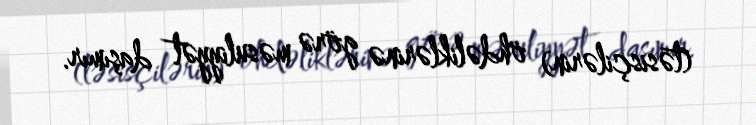
(təsisçilərin) öhdəliklərinə görə məsuliyyət daşımır.